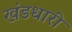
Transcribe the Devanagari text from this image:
खंडधारी